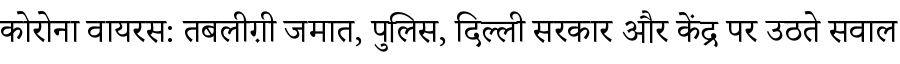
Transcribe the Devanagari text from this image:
कोरोना वायरस: तबलीग़ी जमात, पुलिस, दिल्ली सरकार और केंद्र पर उठते सवाल